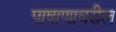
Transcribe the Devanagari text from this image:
पाषाणावरील